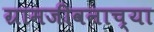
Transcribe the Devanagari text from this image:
ग्रामजीवनाच्या